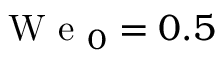
\mathrm { ~ W ~ e ~ } _ { 0 } = 0 . 5